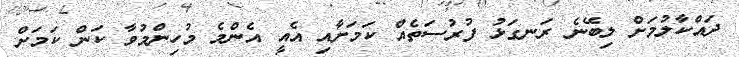
ދައްކާލުމަށް ލިބޭނެ ރަނގަޅު ފުރުސަތެއް ކަމަށާއި އެއީ އެންމެ މުހިންމުވާ ކަން ކަމަށް